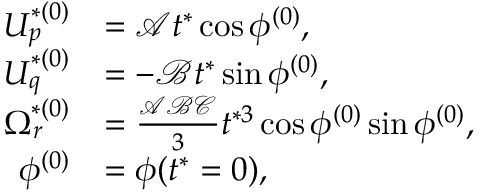
\begin{array} { r l } { U _ { p } ^ { * ( 0 ) } } & { = \mathcal { A } t ^ { * } \cos \phi ^ { ( 0 ) } , } \\ { U _ { q } ^ { * ( 0 ) } } & { = - \mathcal { B } t ^ { * } \sin \phi ^ { ( 0 ) } , } \\ { \Omega _ { r } ^ { * ( 0 ) } } & { = \frac { \mathcal { A } \mathcal { B } \mathcal { C } } { 3 } t ^ { * 3 } \cos \phi ^ { ( 0 ) } \sin \phi ^ { ( 0 ) } , } \\ { \phi ^ { ( 0 ) } } & { = \phi ( t ^ { * } = 0 ) , } \end{array}